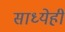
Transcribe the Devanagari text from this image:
साध्येही